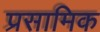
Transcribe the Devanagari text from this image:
प्रसामिक